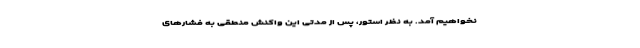
نخواهیم آمد. به نظر استور، پس از مدتی این واکنش منطقی به فشارهای